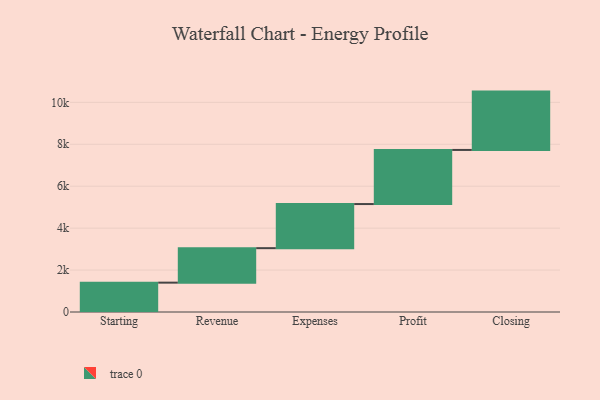
{"axis": {"x": "Step", "y": "Value"}, "legend": [""], "data": [{"x": "Starting", "y": 1400.0, "type": ""}, {"x": "Revenue", "y": 1645.0, "type": ""}, {"x": "Expenses", "y": 2104.0, "type": ""}, {"x": "Profit", "y": 2581.0, "type": ""}, {"x": "Closing", "y": 2783.0, "type": ""}]}